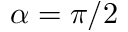
\alpha = \pi / 2